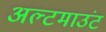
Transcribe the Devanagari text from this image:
अल्टमाउंट